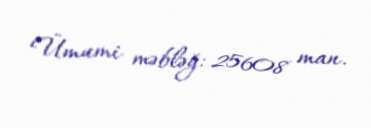
Ümumi məbləğ: 25608 man.